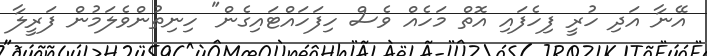
އޭނާ އަދި ހުރީ ފިހެފައި އޮތް މަހެއް ވެސް ހިފަހައްޓައިގެން" ހިނިތުންވެލަމުން ފަރީލާ